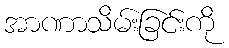
အာဏာသိမ်းခြင်းကို